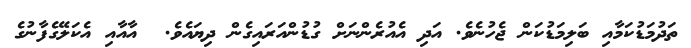
ތަދުމަޑުކަމާއި ބަލިމަޑުކަން ޖެހުނެވެ. އަދި އެއުރެންނަށް ގުޑުންއަރައިގެން ދިޔައެވެ.  އާއާއި އެކަލޭގެފާނުގެ